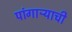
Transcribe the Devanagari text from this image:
पांगाऱ्याची